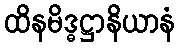
ထိနမိဒ္ဓဋ္ဌာနိယာနံ